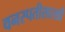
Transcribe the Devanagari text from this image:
वनस्पतीसारखी